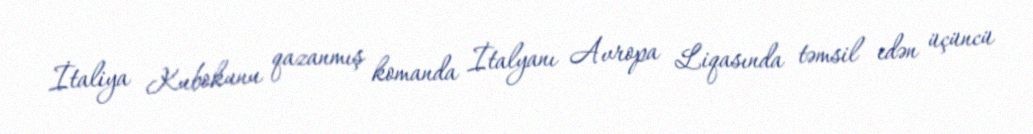
İtaliya Kubokunu qazanmış komanda İtalyanı Avropa Liqasında təmsil edən üçüncü